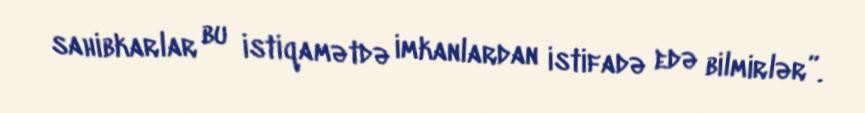
sahibkarlar bu istiqamətdə imkanlardan istifadə edə bilmirlər”.